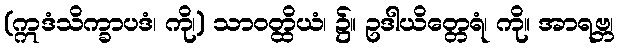
(ဣဒံသိက္ခာပဒံ၊ ကို၊) သာဝတ္ထိယံ၊ ၌။ ဥဒါယိတ္တေရံ၊ ကို။ အာရဗ္ဘ၊